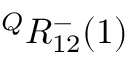
{ } ^ { Q } R _ { 1 2 } ^ { - } ( 1 )